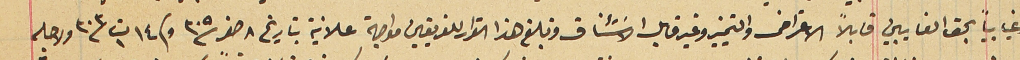
وغيابياً بحق الغايبين قابلاً الاعتراض والتمييز وغير قابل الاسَتئناف وتبلغ هذا القرار للفريقين مواجهة علانية بتاريخ ٨ صفر سنة ٣٠٥ وفى ١٤ ت١ سنة ٣٠٣ ولاجله